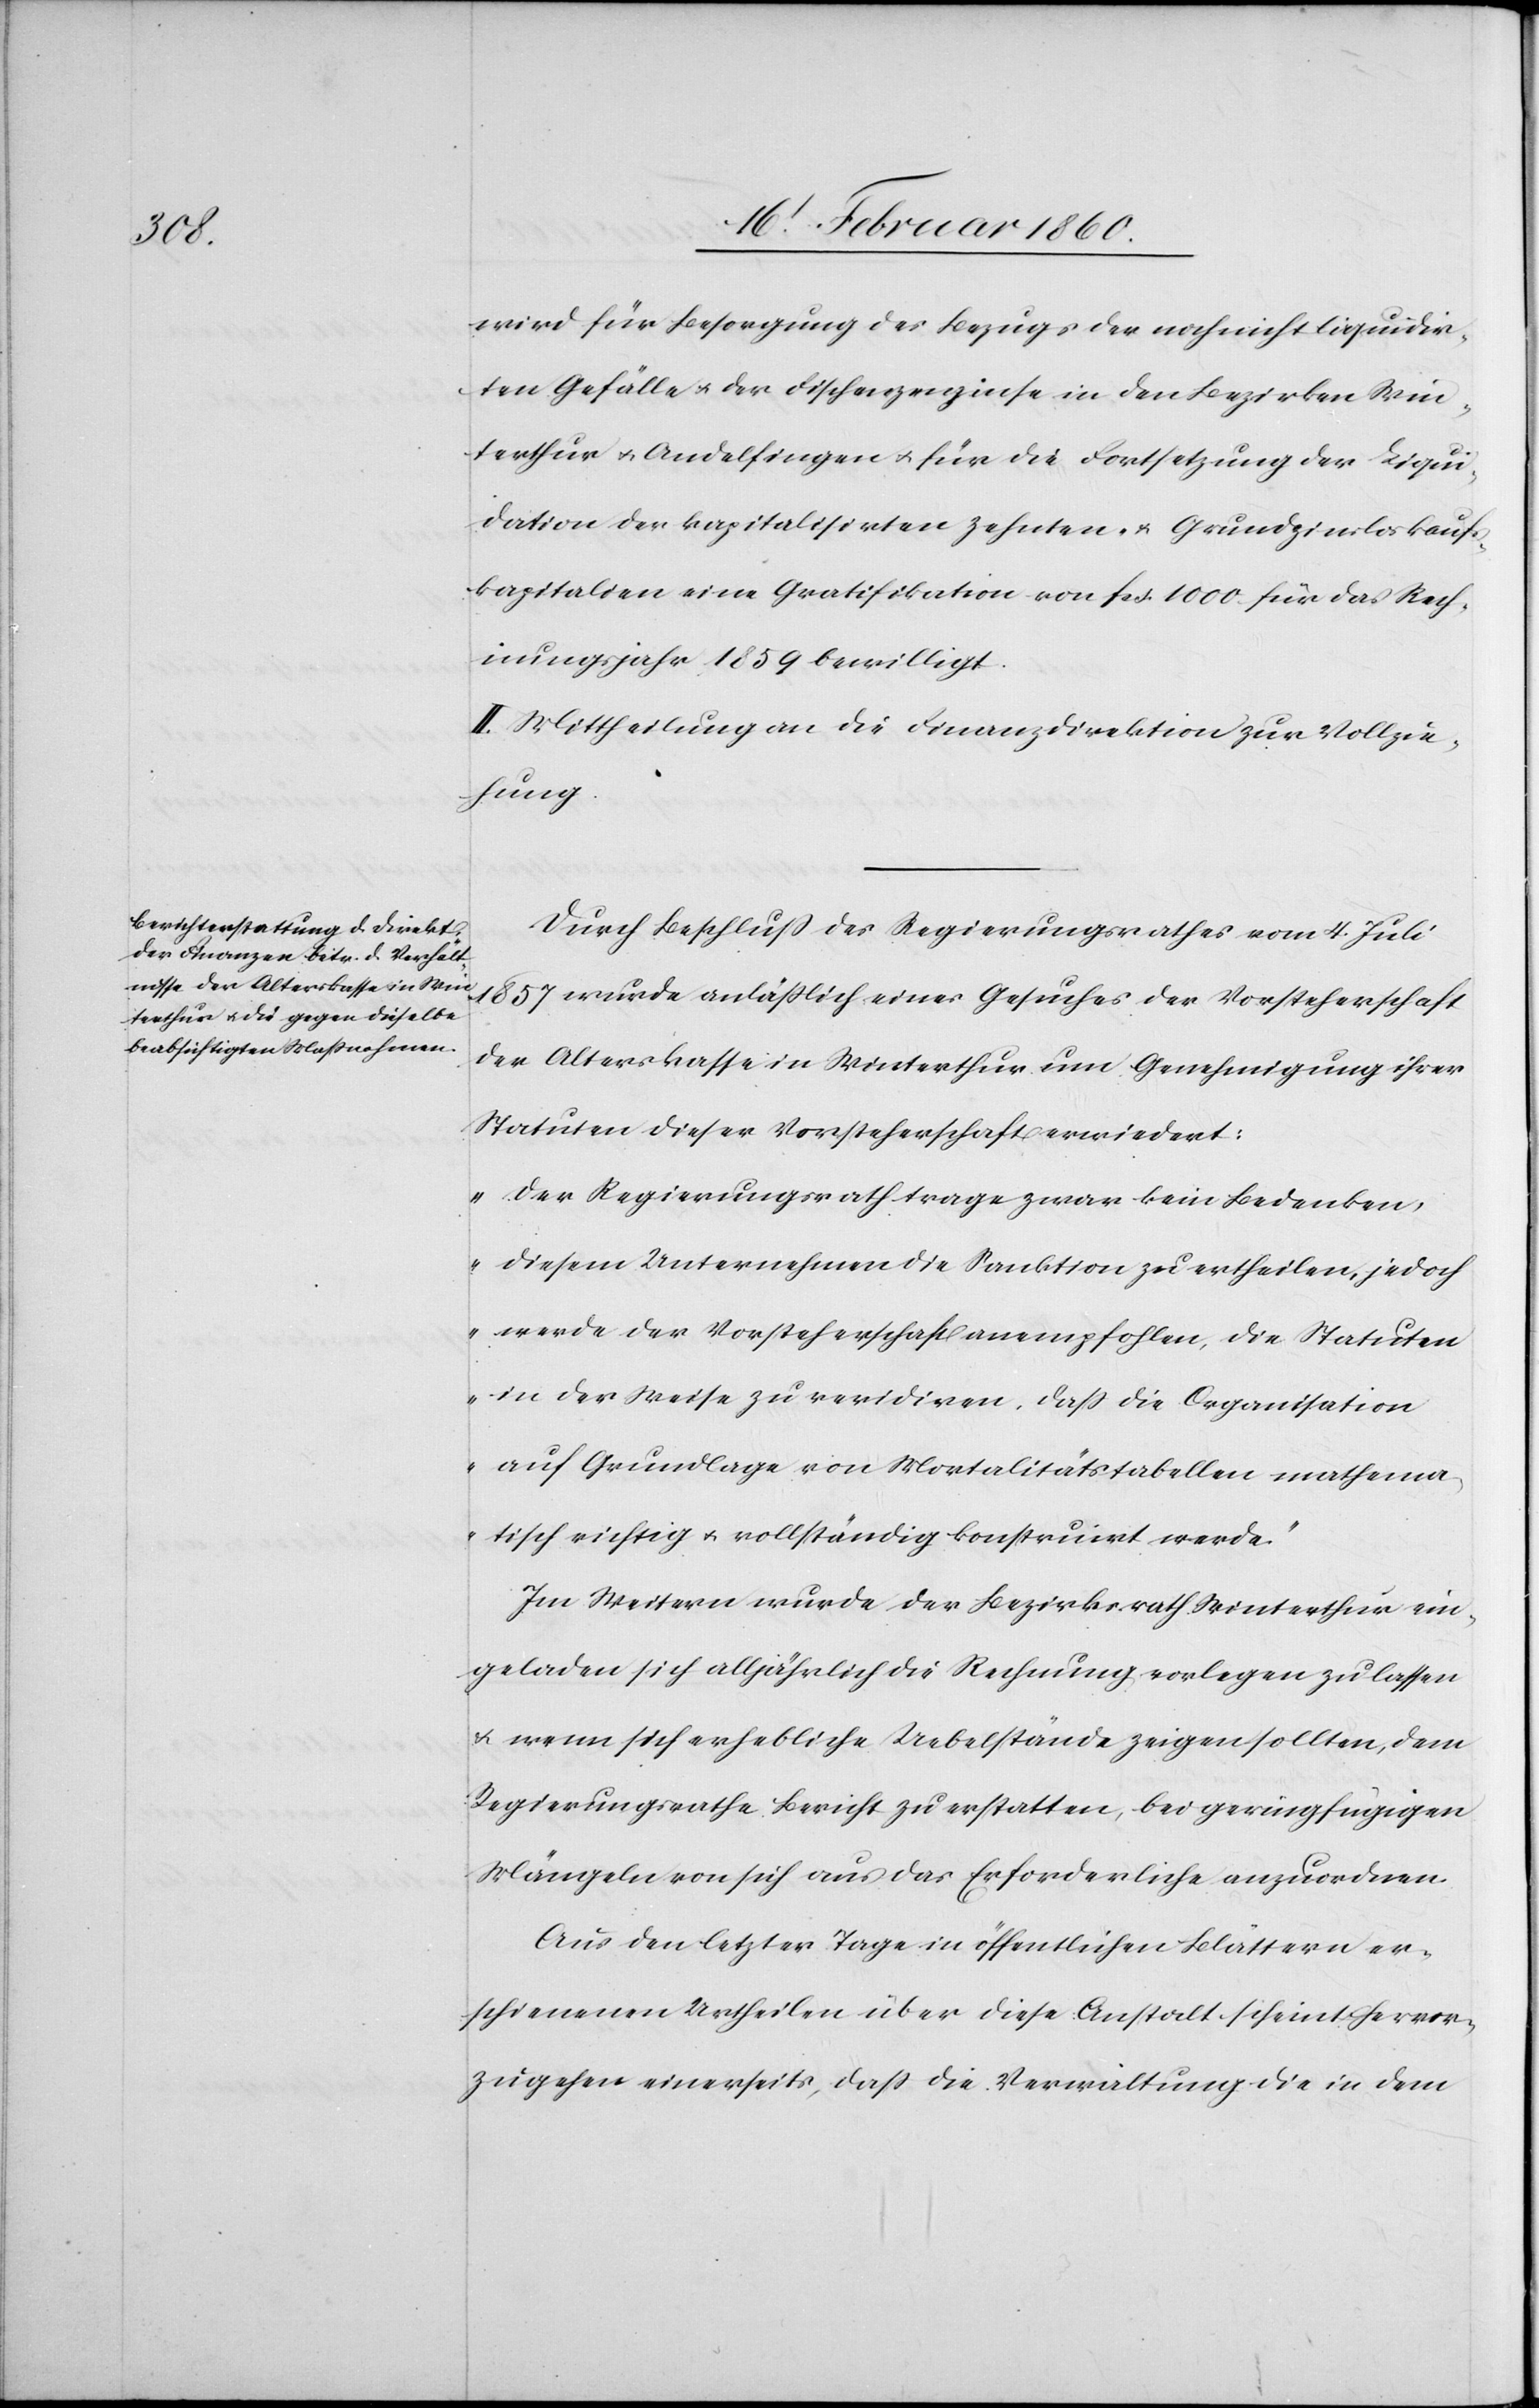
wird für Besorgung des Bezugs der noch nicht liquidir¬
ten Gefälle u. der Fischenzenzinse in den Bezirken Win¬
terthur u. Andelfingen u. für die Fortsetzung der Liqui¬
dation der kapitalisirten Zehnten- u. Grundzinsloskaufs¬
kapitalien eine Gratifikation von fcs. 1000 für das Rech¬
nungsjahr 1859 bewilligt.
II. Mittheilung an die Finanzdirektion zur Vollzie¬
hung.
Durch Beschluss des Regierungsrathes vom 4. Juli
1857 wurde anläßlich eines Gesuches der Vorsteherschaft
der Alterskasse in Winterthur um Genehmigung ihrer
Statuten dieser Vorsteherschaft erwiedert:
„Der Regierungsrath trage zwar kein Bedenken,
diesem Unternehmen die Sanktion zu ertheilen, jedoch
werde der Vorsteherschaft anempfohlen, die Statuen
in der Weise zu revidiren, dass die Organisation
auf Grundlage von Mortalitätstabellen mathema¬
tisch richtig u. vollständig konstruirt werde.“
Im Weitern wurde der Bezirksrath Winterthur ein¬
geladen sich alljährlich die Rechnung vorlegen zu lassen
u. wenn sich erhebliche Uebelstände zeigen sollten, dem
Regierungsrathe Bericht zu erstatten, bei geringfügigen
Mängeln von sich aus das Erforderliche anzuordnen.
Aus den letzter Tage in öffentlichen Blättern er¬
schienenen Urtheilen über diese Anstalt scheint hervor¬
zugehen einerseits, dass die Verwaltung die in dem